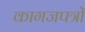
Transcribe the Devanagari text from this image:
कागजपत्रों